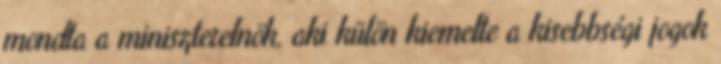
mondta a miniszterelnök, aki külön kiemelte a kisebbségi jogok